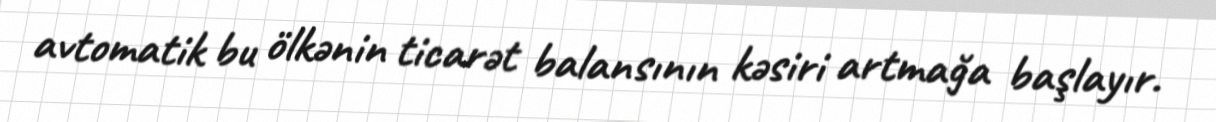
avtomatik bu ölkənin ticarət balansının kəsiri artmağa başlayır.